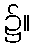
၌။